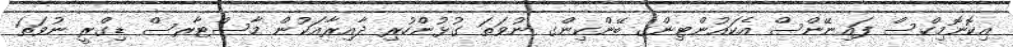
އިކޮނޮމިކްސް ފައިނޭންސް އެކައުންޓިންގ ބޭންކިންގ ނުވަތަ ގުޅުންހުރި ދާއިރާއަކުން މާސްޓާރސް ޑިގްރީ ނުވަތަ